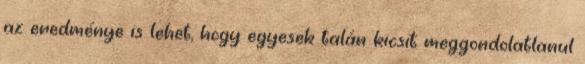
az eredménye is lehet, hogy egyesek talán kicsit meggondolatlanul